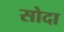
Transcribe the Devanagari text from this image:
सोदा